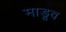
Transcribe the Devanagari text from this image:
माडूव